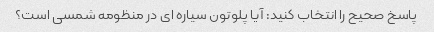
پاسخ صحیح را انتخاب کنید: آیا پلوتون سیاره ای در منظومه شمسی است؟